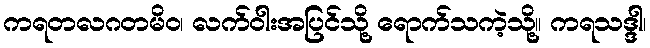
ကရတလဂတမိဝ၊ လက်ဝါးအပြင်သို့ ရောက်သကဲ့သို့။ ကရသဒ္ဒါ၊